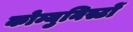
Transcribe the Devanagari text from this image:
कोम्युनिस्टों